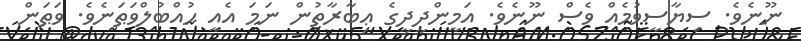
ނޫނެވެ. ސިޔާސީވުމެއް ވެސް ނޫނެވެ. އަމީންދީދީގެ ޢިބާރާތުން ނަމަ އެއީ ޙުއްބުލްވަޠަނެވެ. ވަޠަން